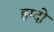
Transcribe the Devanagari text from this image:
हम्दो